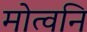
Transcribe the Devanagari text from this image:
मोत्वनि